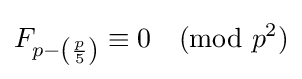
F_{p-\left({\frac {p}{5}}\right)}\equiv 0{\pmod {p^{2}}}